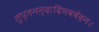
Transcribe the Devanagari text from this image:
लुप्तनन्दादिभववेदनः।